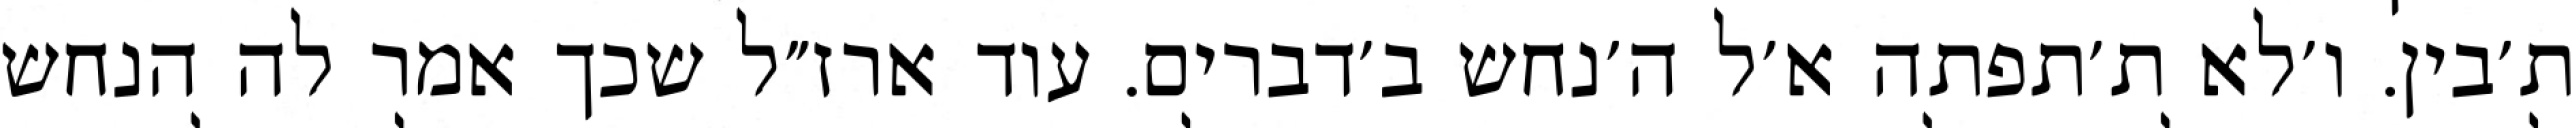
ת׳בין. ו׳לא ת׳תפתה א׳ל ה׳נחש ב׳דברים. עוד ארז״ל שכך אמר לה הנחש